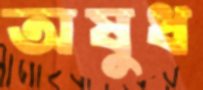
অষুধ